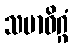
သမာဓိဂ္ဂံ